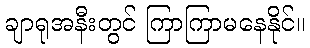
ချာရုအနီးတွင် ကြာကြာမနေနိုင်။